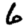
Digit: 6